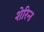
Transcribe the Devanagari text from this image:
शेरिन